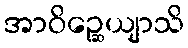
အာဝိဉ္ဆေယျာသိ